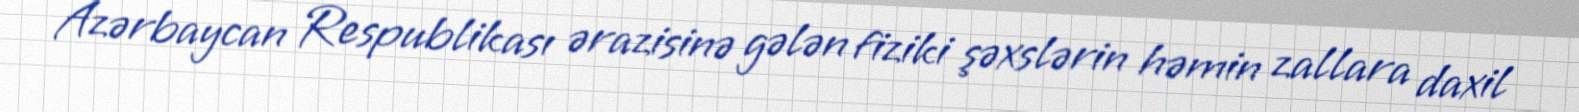
Azərbaycan Respublikası ərazisinə gələn fiziki şəxslərin həmin zallara daxil